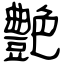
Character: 艶